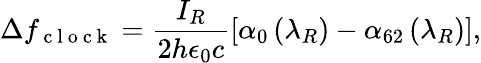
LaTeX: \Delta f_{\mathrm{~c~l~o~c~k~}}=\frac{I_{R}}{2h\epsilon_{0}c}\left[\alpha_{0}\left(\lambda_{R}\right)-\alpha_{62}\left(\lambda_{R}\right)\right],